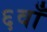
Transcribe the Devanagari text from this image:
६वाँ